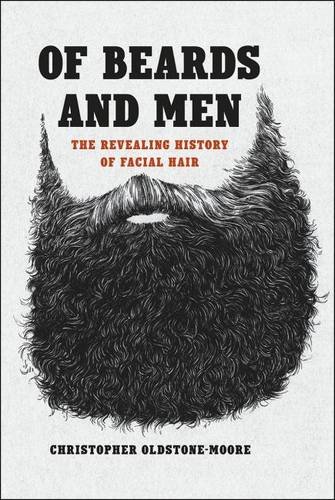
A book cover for Of Beards and Men: The Revealing History of Facial Hair; Christopher Oldstone-Moore; Health, Fitness & Dieting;